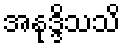
အနုဒ္ဒိသသိ